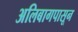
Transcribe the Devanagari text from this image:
अलिबागपासून